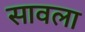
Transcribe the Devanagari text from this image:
सावला